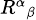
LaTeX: \scriptstyle{R^{\alpha}}_{\beta}